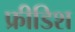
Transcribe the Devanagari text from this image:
फ्रीडिश